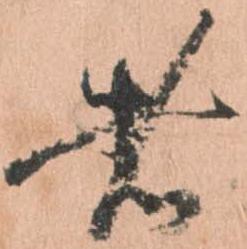
者